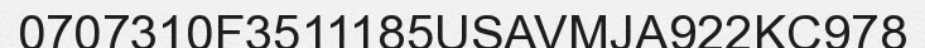
0707310F3511185USAVMJA922KC978